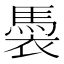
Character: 䮍